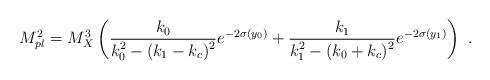
LaTeX: \begin{align*}M_{pl}^2 = {M_X^3} \left({{ k_0} \over\displaystyle { k_0^2 - (k_1-k_c)^2}} e^{-2 \sigma(y_0)} + {{ k_1} \over\displaystyle { k_1^2 - (k_0+ k_c)^2}} e^{-2 \sigma(y_1)} \right)~.~\,\end{align*}